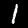
Label: 1